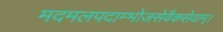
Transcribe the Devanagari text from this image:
मदमलपदाम्भोजसेवैकसेवाम्।